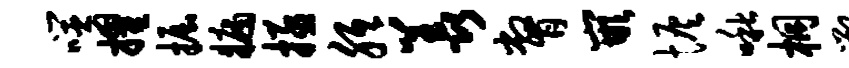
噬擢掘牖拯胝羡瞥嵌恢啾桐鄂